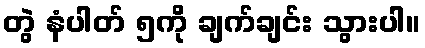
တွဲ နံပါတ် ၅ကို ချက်ချင်း သွားပါ။